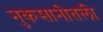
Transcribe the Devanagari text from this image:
नुकसानीतली